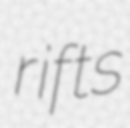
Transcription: rifts